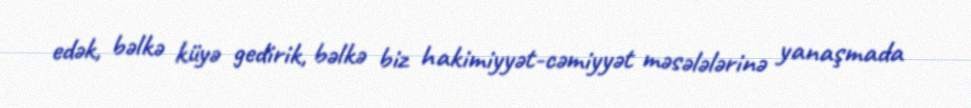
edək, bəlkə küyə gedirik, bəlkə biz hakimiyyət-cəmiyyət məsələlərinə yanaşmada